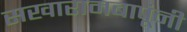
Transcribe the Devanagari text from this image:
सखारामबापूंनी